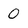
Character: 0